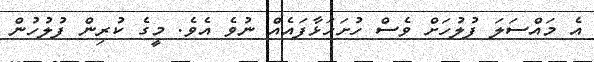
އެ މައްސަލަ ފުލުހަށް ވެސް ހުށަހަޅާފައެއް ނުވެ އެވެ. މީގެ ކުރިން ފުލުހުން